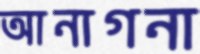
আনাগনা